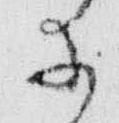
等